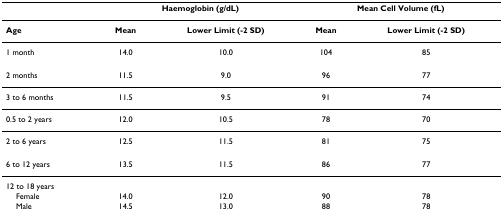
<table><thead><tr><td></td><td colspan="2"><b>Haemoglobin (g/dL)</b></td><td colspan="2"><b>Mean Cell Volume (fL)</b></td></tr></thead><tbody><tr><td><b>Age</b></td><td><b>Mean</b></td><td><b>Lower Limit (-2 SD)</b></td><td><b>Mean</b></td><td><b>Lower Limit (-2 SD)</b></td></tr><tr><td>1 month</td><td>14.0</td><td>10.0</td><td>104</td><td>85</td></tr><tr><td>2 months</td><td>11.5</td><td>9.0</td><td>96</td><td>77</td></tr><tr><td>3 to 6 months</td><td>11.5</td><td>9.5</td><td>91</td><td>74</td></tr><tr><td>0.5 to 2 years</td><td>12.0</td><td>10.5</td><td>78</td><td>70</td></tr><tr><td>2 to 6 years</td><td>12.5</td><td>11.5</td><td>81</td><td>75</td></tr><tr><td>6 to 12 years</td><td>13.5</td><td>11.5</td><td>86</td><td>77</td></tr><tr><td>12 to 18 years</td><td></td><td></td><td></td><td></td></tr><tr><td> Female</td><td>14.0</td><td>12.0</td><td>90</td><td>78</td></tr><tr><td> Male</td><td>14.5</td><td>13.0</td><td>88</td><td>78</td></tr></tbody></table>